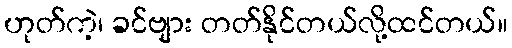
ဟုတ်ကဲ့၊ ခင်ဗျား တတ်နိုင်တယ်လို့ထင်တယ်။